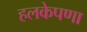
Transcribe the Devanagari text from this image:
हलकेपणा